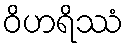
ဝိဟရိဿံ